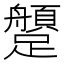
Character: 𨇐